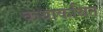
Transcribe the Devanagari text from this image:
कथाकथित